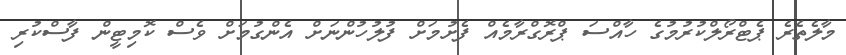
މާލެތެރެ ޕެޓްރޯލްކުރުމުގެ ހާއްސަ ޕްރޮގްރާމެއް ފެށުމަށް ފުލުހުންނަށް އެންގުމަށް ވެސް ކޮމިޓީން ފާސްކުރި